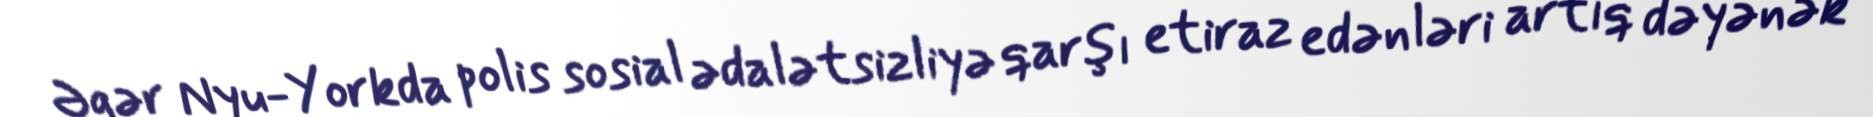
Əgər Nyu-Yorkda polis sosial ədalətsizliyə qarşı etiraz edənləri artıq dəyənək